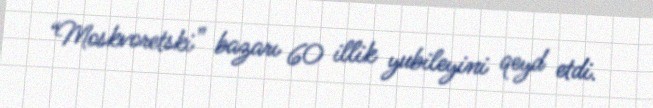
“Moskvoretski” bazarı 60 illik yubileyini qeyd etdi.